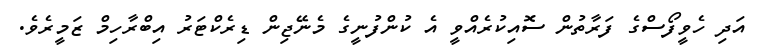
އަދި ހެވީފޯސްގެ ފަރާތުން ސޮއިކުރެއްވީ އެ ކުންފުނީގެ މެނޭޖިން ޑިރެކްޓަރު އިބްރާހިމް ޒަމީރެވެ.